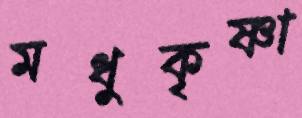
মধুকৃষ্ণা